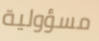
مسؤولية